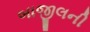
બાજીલની